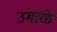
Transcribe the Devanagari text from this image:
उमाळे